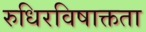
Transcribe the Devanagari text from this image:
रुधिरविषाक्तता